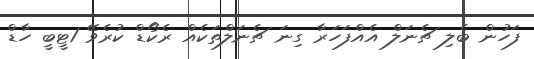
ފަހުން ބެލި ޗެނަލް އެއްފަހަރާ ގިނަ ޗެނަލްތަކެއް ރެކޯޑް ކުރެވޭ 1ޓީބީ ހާޑް